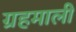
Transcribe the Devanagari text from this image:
ग्रहमाली